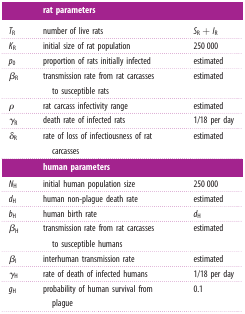
<table><thead><tr><td></td><td><b>rat parameters</b></td><td></td></tr></thead><tbody><tr><td><i>T</i><sub>R</sub></td><td>number of live rats</td><td><i>S</i><sub>R</sub> + <i>I</i><sub>R</sub></td></tr><tr><td><i>K</i><sub>R</sub></td><td>initial size of rat population</td><td>250 000</td></tr><tr><td><i>p</i><sub>0</sub></td><td>proportion of rats initially infected</td><td>estimated</td></tr><tr><td><i>β</i><sub>R</sub></td><td>transmission rate from rat carcasses to susceptible rats</td><td>estimated</td></tr><tr><td><i>ρ</i></td><td>rat carcass infectivity range</td><td>estimated</td></tr><tr><td><i>γ</i><sub>R</sub></td><td>death rate of infected rats</td><td>1/18 per day</td></tr><tr><td><i>δ</i><sub>R</sub></td><td>rate of loss of infectiousness of rat carcasses</td><td>estimated</td></tr><tr><td></td><td><b>human parameters</b></td><td></td></tr><tr><td><i>N</i><sub>H</sub></td><td>initial human population size</td><td>250 000</td></tr><tr><td><i>d</i><sub>H</sub></td><td>human non-plague death rate</td><td>estimated</td></tr><tr><td><i>b</i><sub>H</sub></td><td>human birth rate</td><td><i>d</i><sub>H</sub></td></tr><tr><td><i>β</i><sub>H</sub></td><td>transmission rate from rat carcasses to susceptible humans</td><td>estimated</td></tr><tr><td><i>β</i><sub>I</sub></td><td>interhuman transmission rate</td><td>estimated</td></tr><tr><td><i>γ</i><sub>H</sub></td><td>rate of death of infected humans</td><td>1/18 per day</td></tr><tr><td><i>g</i><sub>H</sub></td><td>probability of human survival from plague</td><td>0.1</td></tr></tbody></table>